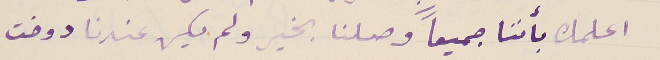
اعلمك بأننا جميعاً وصلنا بخير ولم يكن عندنا دوخت